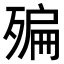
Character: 𣩀